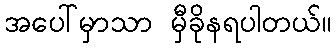
အပေါ်မှာသာ မှီခိုနရပါတယ်။